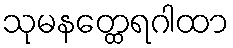
သုမနတ္ထေရဂါထာ